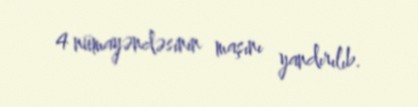
4 nümayəndəsinin maşını yandırılıb.